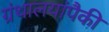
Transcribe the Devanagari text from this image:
ग्रंथालयांपैकी